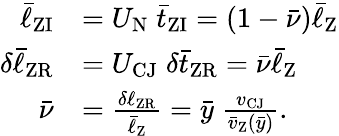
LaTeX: \begin{array}{rl}{\bar{\ell}_{\mathrm{ZI}}}&{=U_{\mathrm{N}}\; \bar{t}_{\mathrm{ZI}}=(1-\bar{\nu})\bar{\ell}_{\mathrm{Z}}}\\ {\delta\bar{\ell}_{\mathrm{ZR}}}&{=U_{\mathrm{CJ}}\; \delta\bar{t}_{\mathrm{ZR}}=\bar{\nu}\bar{\ell}_{\mathrm{Z}}}\\ {\bar{\nu}}&{=\frac{\delta\ell_{\mathrm{ZR}}}{\bar{\ell}_{\mathrm{Z}}}=\bar{y}\; \frac{v_{\mathrm{CJ}}}{\bar{v}_{\mathrm{Z}}(\bar{y})}.\quad}\end{array}